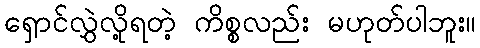
ရှောင်လွှဲလို့ရတဲ့ ကိစ္စလည်း မဟုတ်ပါဘူး။